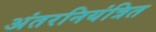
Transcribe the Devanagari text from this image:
अंतरनियंत्रित